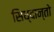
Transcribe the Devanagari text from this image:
सिध्दान्तो